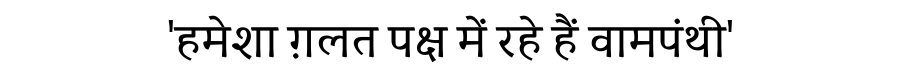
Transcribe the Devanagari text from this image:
'हमेशा ग़लत पक्ष में रहे हैं वामपंथी'